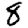
Digit: 8